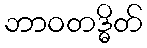
ဘာဝတဒ္ဓိတ်